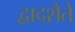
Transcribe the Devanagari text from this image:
द्वादशैते